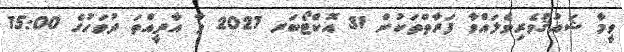
ވީމާ ޝައުޤުވެރިވެލައްވާ ފަރާތްތަކުން 31 އޮކްޓޯބަރ 2021 ވާ އާދީއްތަ ދުވަހުގެ 15:00